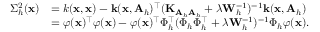
\begin{array} { r l } { \Sigma _ { h } ^ { 2 } ( \mathbf { x } ) } & { = k ( \mathbf { x } , \mathbf { x } ) - \mathbf { k } ( \mathbf { x } , \mathbf { A } _ { h } ) ^ { \top } ( \mathbf { K } _ { \mathbf { A } _ { h } \mathbf { A } _ { h } } + \lambda \mathbf { W } _ { h } ^ { - 1 } ) ^ { - 1 } \mathbf { k } ( \mathbf { x } , \mathbf { A } _ { h } ) } \\ & { = \varphi ( \mathbf { x } ) ^ { \top } \varphi ( \mathbf { x } ) - \varphi ( \mathbf { x } ) ^ { \top } \Phi _ { h } ^ { \top } ( \Phi _ { h } \Phi _ { h } ^ { \top } + \lambda \mathbf { W } _ { h } ^ { - 1 } ) ^ { - 1 } \Phi _ { h } \varphi ( \mathbf { x } ) . } \end{array}